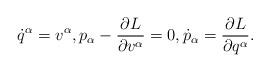
LaTeX: \begin{align*} {\dot q}^\alpha= v^\alpha, p_\alpha-\frac{\partial L}{\partial v^\alpha}=0, {\dot p}_\alpha= \frac{\partial L}{\partial q^\alpha}.\end{align*}